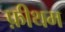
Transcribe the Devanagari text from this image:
फ़ीथम